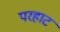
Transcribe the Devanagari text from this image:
परहाट